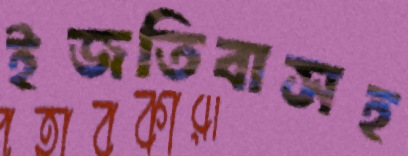
ইজতিবাসহ